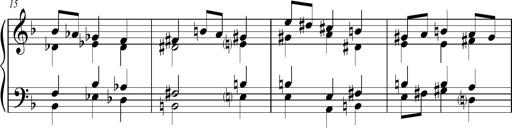
Title: Sonatina para Piano No.1
Composer: Vazel Merenzeine
Key: F major